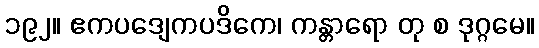
၁၉၂။ ဧကပဒျေကပဒိကေ၊ ကန္တာရော တု စ ဒုဂ္ဂမေ။